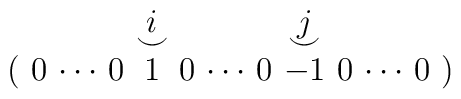
\renewcommand{\arraystretch}{.4}  \arraycolsep=2pt  \begin{array}{ccccccccccccc}   &  &       &  &i      &  &       &  &j      &  &       &  &  \\   &  &       &  &\smile &  &       &  &\smile &  &       &  &  \\ ( &0 &\cdots &0 &1      &0 &\cdots &0 &-1     &0 &\cdots &0 &) \\  \end{array}